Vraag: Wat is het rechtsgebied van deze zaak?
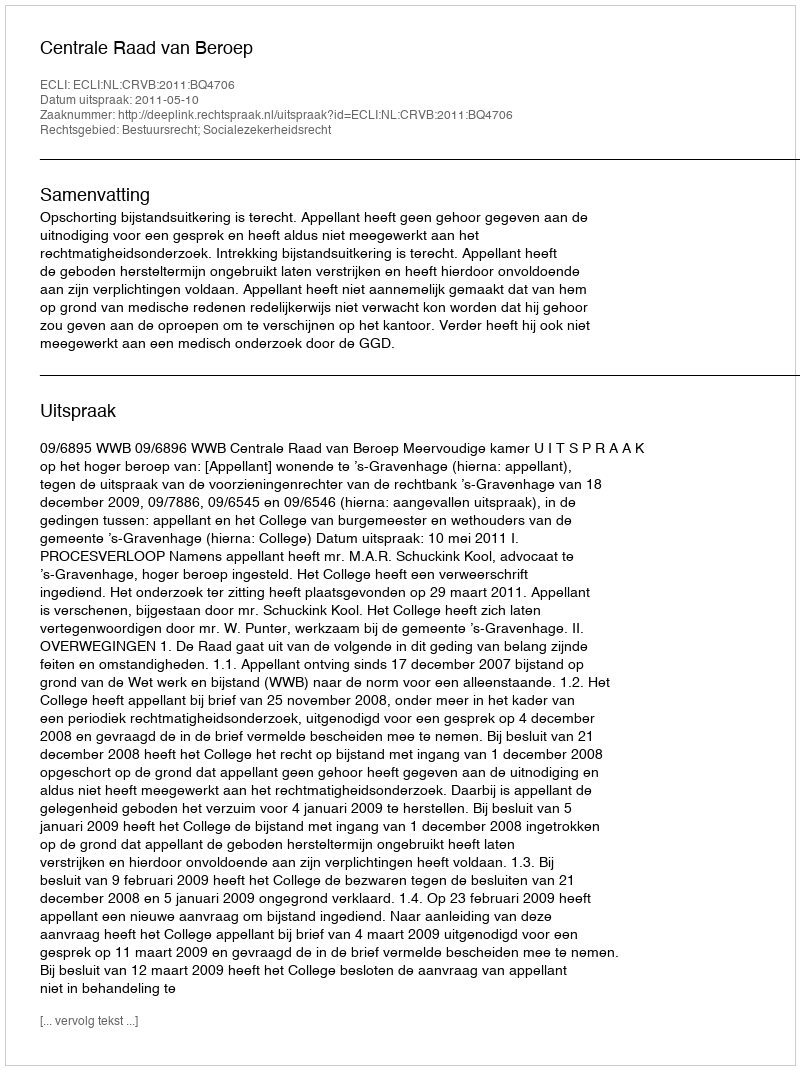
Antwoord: Bestuursrecht; Socialezekerheidsrecht